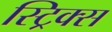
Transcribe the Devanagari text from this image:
स्ट्रिक्स